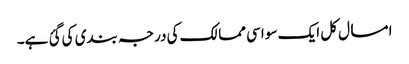
امسال کل ایک سو اسی ممالک کی درجہ بندی کی گئ ہے۔